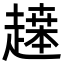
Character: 𬦙